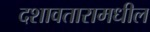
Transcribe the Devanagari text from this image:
दशावतारामधील